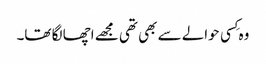
وہ کِسی حوالے سے بھی تھی مجھے اچھا لگا تھا۔